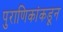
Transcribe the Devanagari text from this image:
पुराणिकांकडून